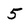
Character: 5